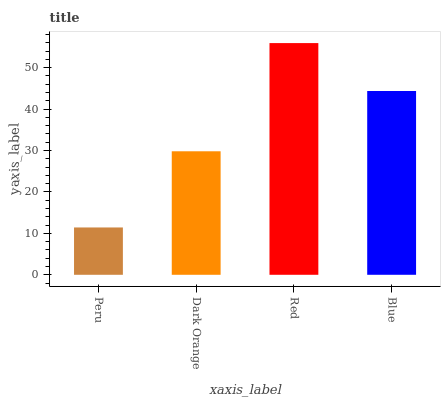
| xaxis_label | bars |
 | --- | --- |
 | Peru | 11.4 |
 | Dark Orange | 29.8 |
 | Red | 55.9 |
 | Blue | 44.4 |